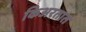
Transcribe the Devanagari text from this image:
किअरतात